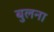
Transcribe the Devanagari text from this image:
बुलना